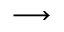
\longrightarrow